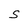
Character: S